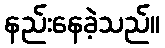
နည်းနေခဲ့သည်။